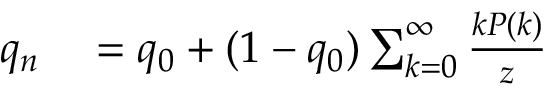
\begin{array} { r l } { q _ { n } } & { { } = q _ { 0 } + ( 1 - q _ { 0 } ) \sum _ { k = 0 } ^ { \infty } \frac { k P ( k ) } { z } } \end{array}